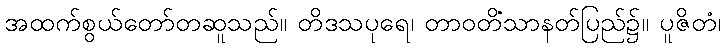
အထက်စွယ်တော်တဆူသည်။ တိဒသပုရေ၊ တာဝတိံသာနတ်ပြည်၌။ ပူဇိတံ၊